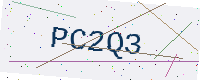
Text: PC2Q3